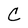
Character: C